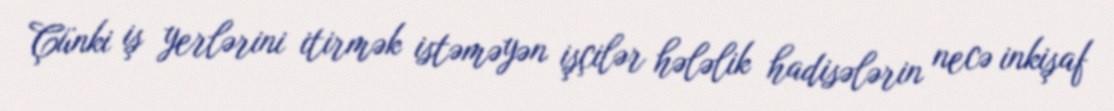
Çünki iş yerlərini itirmək istəməyən işçilər hələlik hadisələrin necə inkişaf